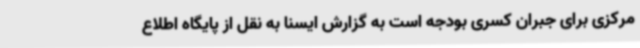
مرکزی برای جبران کسری بودجه است به گزارش ایسنا به نقل از پایگاه اطلاع